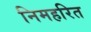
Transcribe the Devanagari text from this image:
निमहरित